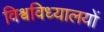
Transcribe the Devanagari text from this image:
विश्वविध्यालयों